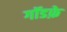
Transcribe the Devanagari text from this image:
गॉडफ़े